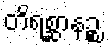
တိရစ္ဆာနဉ္စ